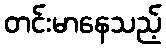
တင်းမာနေသည့်